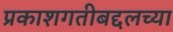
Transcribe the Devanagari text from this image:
प्रकाशगतीबद्दलच्या